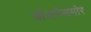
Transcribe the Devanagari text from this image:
योजनेसमोर